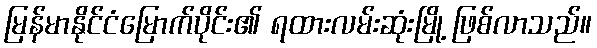
မြန်မာနိုင်ငံမြောက်ပိုင်း၏ ရထားလမ်းဆုံးမြို့ ဖြစ်လာသည်။